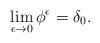
LaTeX: \begin{align*}\lim_{\epsilon\rightarrow 0} \phi^\epsilon=\delta_0.\end{align*}